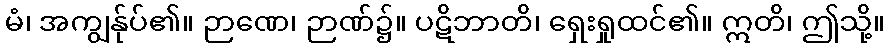
မံ၊ အကျွန်ုပ်၏။ ဉာဏေ၊ ဉာဏ်၌။ ပဋိဘာတိ၊ ရှေးရှုထင်၏။ ဣတိ၊ ဤသို့။